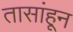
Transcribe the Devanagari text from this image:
तासांहून